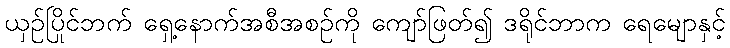
ယှဉ်ပြိုင်ဘက် ရှေ့နောက်အစီအစဉ်ကို ကျော်ဖြတ်၍ ဒရိုင်ဘာက ရေမျောနှင့်